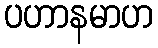
ပဟာနမာဟ